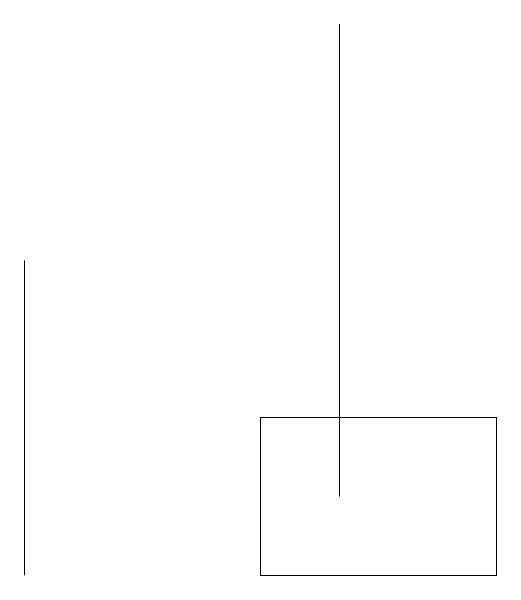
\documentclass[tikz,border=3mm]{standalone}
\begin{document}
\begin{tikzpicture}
\draw (3,12) rectangle (6,10);
\draw (4,11) rectangle (4,17);
\draw (0,14) rectangle (0,10);
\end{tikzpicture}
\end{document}